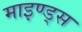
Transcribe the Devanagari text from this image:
माइण्ड्स